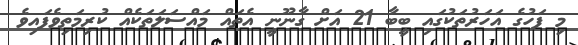
މި ފަހުގެ އަހަރުތަކުގައި ބީބާ 21 އަށް ގާނޫނީ އެތައް މައްސަލަތަކެއް ކުރިމަތިވެފައިވެ